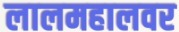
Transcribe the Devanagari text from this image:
लालमहालवर